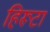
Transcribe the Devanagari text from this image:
हिरूटा